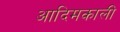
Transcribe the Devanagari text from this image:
आदिमकाली